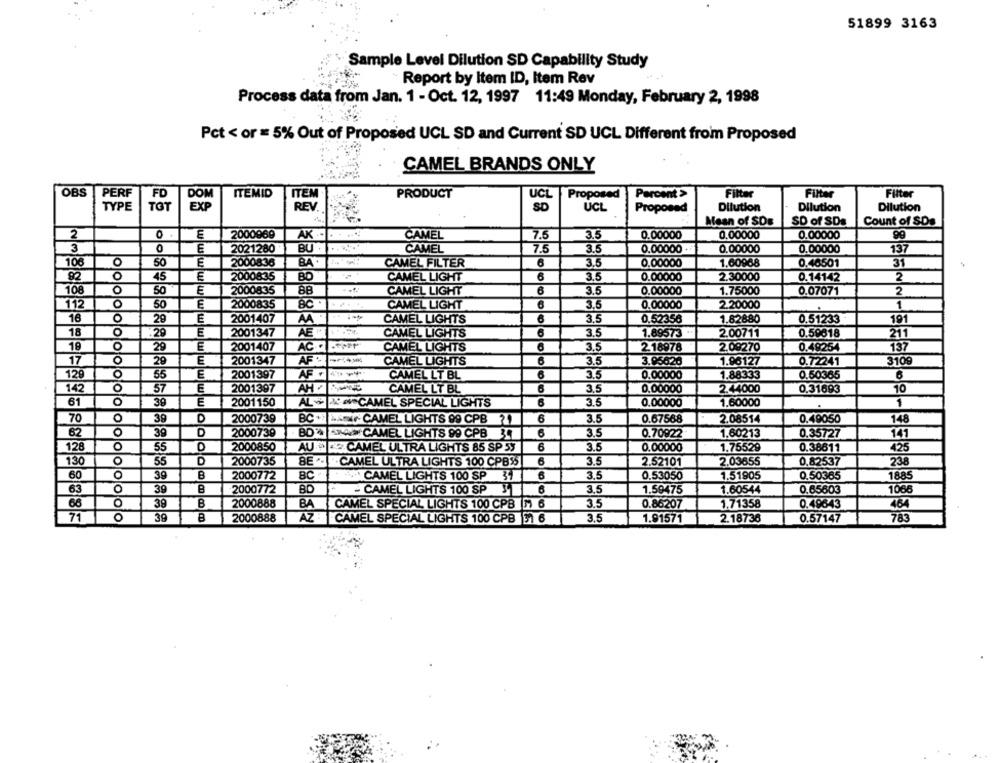
51899 3163
Sample Level Dilution SD Capability Study
Report by Item ID, Item Rev
Process data from Jan. 1 - Oct. 12, 1997 11:49 Monday, February 2, 1998
Pct < or = 5% Out of Proposed UCL SD and Current SD UCL Different from Proposed
CAMEL BRANDS ONLY
OBS
PERF
FD
ITEMID
ITEM
PRODUCT
UCL
Proposed
Percent>
Filter
Filter
Filter
TYPE
TOT
REV.
Dilution
Dilution
EXP
SD
UCL
Proposed
Dilution
Mean of SDB
SD of SDs
Count of SDs
2
O
E
2000969
AK ..
CAMEL
7.5
3.5
0.00000
0.00000
0.00000
99
3
0
E
2021280
BU.
CAMEL
7.5
3.5
0.00000
0.00000
0.00000
137
106
0
50
E
2000836
BA
CAMEL FILTER
6
3.5
0.00000
1.60968
0.46501
31
82
o
45
E
2000835
BO
CAMEL LIGHT
6
3.5
0.00000
2.30000
0.14142
2
108
0
50
E
8B
CAMEL LIGHT
0.00000
1.75000
0.07071
2000835
3.5
2
112
O
50
E
2000835
BC
CAMEL LIGHT
6
3.5
0.00000
2.20000
1
16
0
29
E
2001407
AA
CAMEL LIGHTS
6
3.5
0.52356
1.82880
0.51233
191
18
o
¥29
E
2001347
AE
CAMEL LIGHTS
6
3.5
1.89573
2.00711
0.59618
211
19
29
E
2001407
AC·
CAMEL LIGHTS
3.5
2.18978
2.09270
0.48254
137
17
29
E
2001347
CAMEL LIGHTS
6
3.5
3.95626
1.96127
0.72241
3109
129
O
E
2001397
AF
6
3.5
0.00000
1.88333
0.50365
55
CAMEL LT BL
6
142
57
E
2001397
AH
CAMEL LÝ BL
3.5
0.00000
2.44000
0.31693
10
61
39
E
2001150
AL# AN CAMEL SPECIAL LIGHTS
6
3.5
0.00000
1.60000
70
0
D
2000739
6
3.5
0.67568
2.08514
0.49050
39
BC+ BAN CAMEL LIGHTS 99 CPB ?1
148
62
39
D
2000739
AMACAMEL LIGHTS 99 CPB
34
3.5
0.70922
1.60213
0.35727
141
128
0
55
2000850
AU.»
CAMEL ULTRA LIGHTS 85 SP 53
6
3.5
0.00000
1.75529
0.38611
425
130
O
55
D
2000735
BE
CAMEL ULTRA LIGHTS 100 CPB$
3.5
2.52101
2.03655
0.82537
238
60
0
39
B
2000772
BC
CAMEL LIGHTS 100 SP
31
6
3.5
0.53050
1.51905
0.50365
1885
BO
6
63
O
39
2000772
- CAMEL LIGHTS 100 SP
3.5
1.59475
1.60544
0.65603
1068
39
2000888
BA
0.86207
1.71358
CAMEL SPECIAL LIGHTS 100 CPB 7 6
3.5
0.49643
464
71
O
39
B
2000888
AZ : CAMEL SPECIAL LIGHTS 100 CPB 51 6
3.5
1.91571
2.18736
0.57147
783